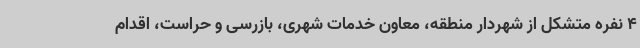
4 نفره متشکل از شهردار منطقه، معاون خدمات شهری، بازرسی و حراست، اقدام